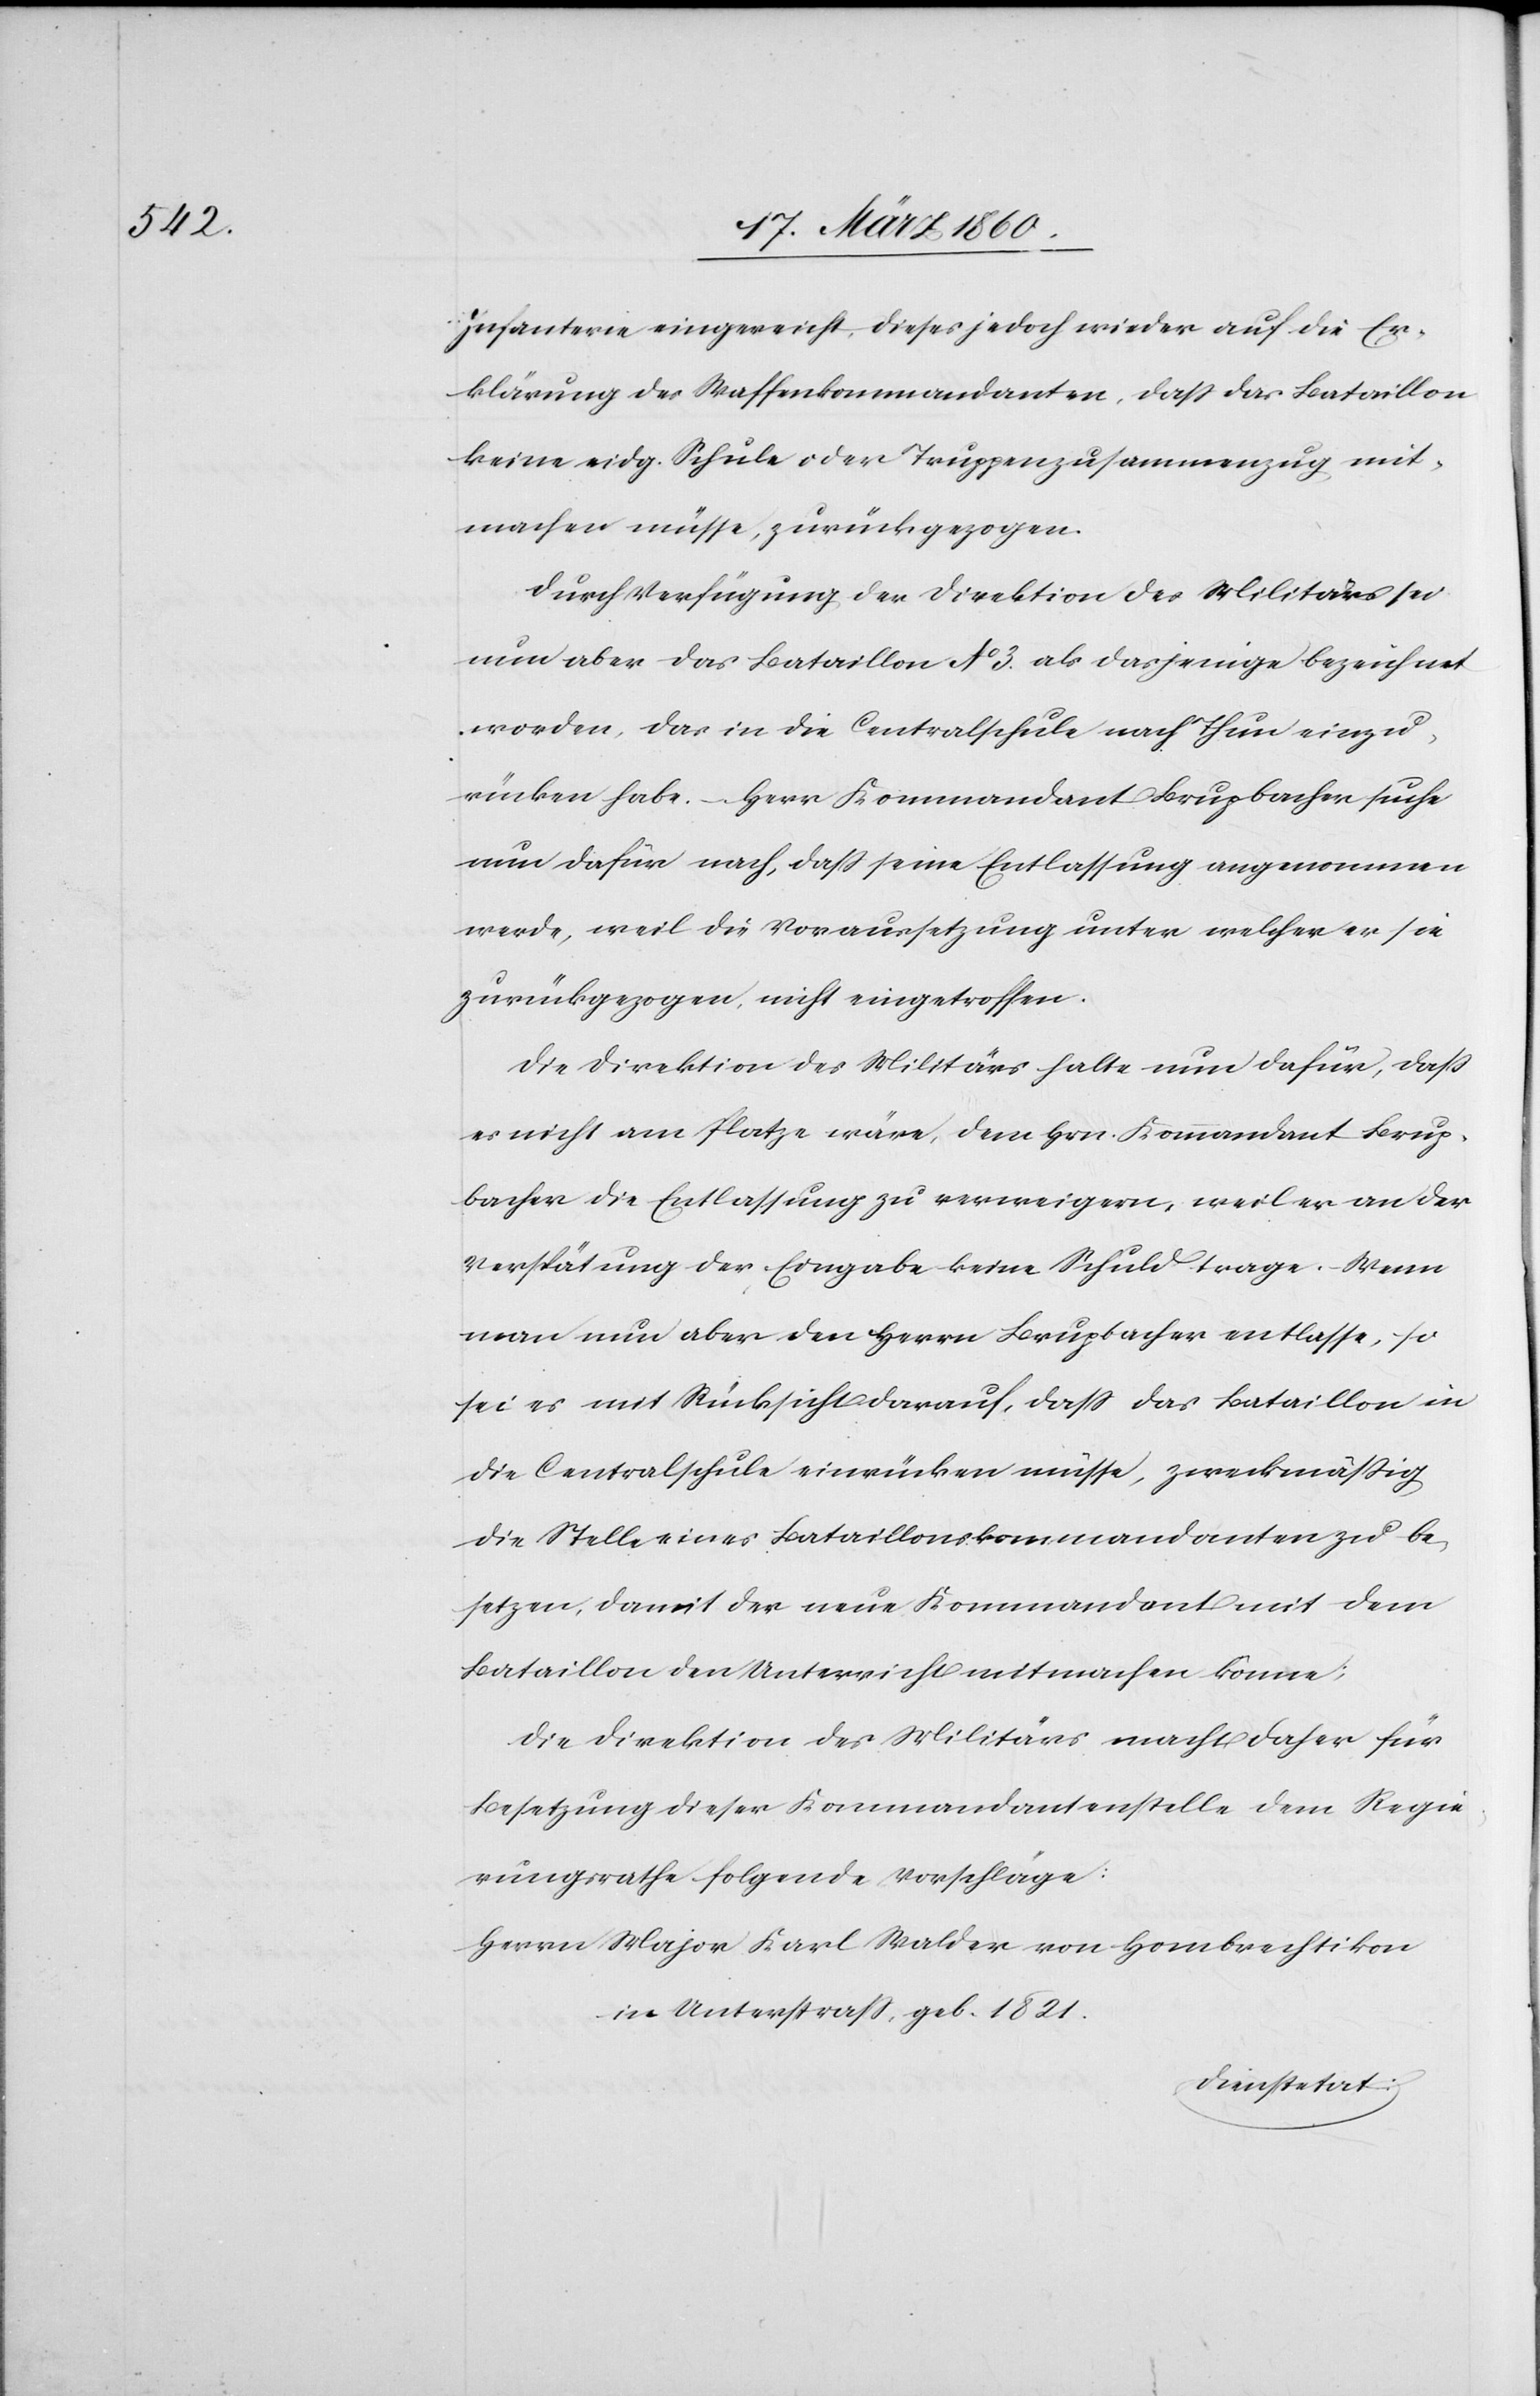
Infanterie eingereicht, dieses jedoch wieder auf die Er¬
klärung der Waffenkommandanten, dass das Bataillon
keine eidg. Schule oder Truppenzusammenzug mit¬
machen müsse, zurückgezogen.
Durch Verfügung der Direktion des Militärs sei
nun aber das Bataillon No 3. als dasjenige bezeichnet
worden, das in die Centralschule nach Thun einzu¬
rücken habe. – Herr Kommandant Brupbacher suche
nun dafür nach, dass seine Entlassung angenommen
werde, weil die Voraussetzung unter welcher er sie
zurückgezogen, nicht eingetroffen.
Die Direktion des Militärs halte nun dafür, dass
es nicht am Platze wäre, dem Hrn. Kommandant Brup¬
bacher die Entlassung zu verweigern, weil er an der
Verspätung der Eingabe keine Schuld trage. Wenn
man nun aber den Herrn Brupbacher entlasse, so
sei es mit Rücksicht darauf, dass das Bataillon in
die Centralschule einrücken müsse, zweckmässig
die Stelle eines Bataillonskommandanten zu be¬
setzen, damit der neue Kommandant mit dem
Bataillon den Unterricht mitmachen könne;
Die Direktion des Militärs macht daher für
Besetzung dieser Kommandantenstelle dem Regie¬
rungsrathe folgende Vorschläge:
Herrn Major Karl Walder von Hombrechtikon
in Unterstrass, geb. 1821.